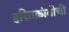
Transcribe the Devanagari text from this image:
हरितक्रांतीची